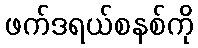
ဖက်ဒရယ်စနစ်ကို